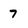
Character: 7